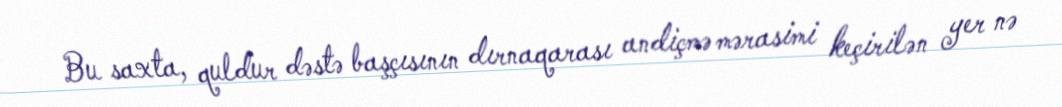
Bu saxta, quldur dəstə başçısının dırnaqarası andiçmə mərasimi keçirilən yer nə